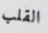
القلب